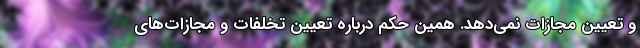
و تعیین مجازات نمی‌دهد. همین حکم درباره تعیین تخلفات و مجازات‌های